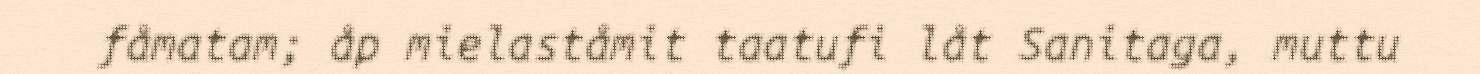
fåmatam; åp mielaståmit taatufi låt Sanitaga, muttu